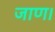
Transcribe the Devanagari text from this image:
जाण।